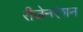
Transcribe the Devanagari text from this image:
रीजेनरेशन